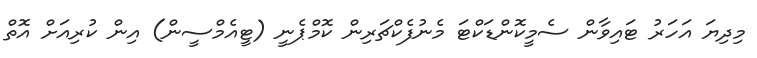
މިދިޔަ އަހަރު ޓައިވާން ސެމީކޮންޑަކްޓަ މެނުފެކްޗަރިން ކޮމްޕެނީ (ޓީއެމްސީން) އިން ކުރިއަށް އޮތް